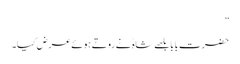
”
حضرت بابا بلھے شاہ ؒ نے روتے ہوئے عرض کیا۔